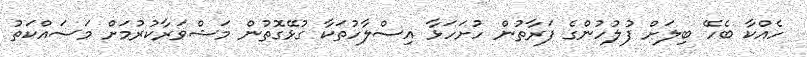
ހެއްކާ ބެހޭ ބިލަށް ފުލުހުންގެ ފަރާތުން ހުށަހަޅާ އިސްލާހުތަކާ ގުޅޭގޮތުން މަޝްވަރާކުރުމަށް މަސައްކަތު